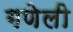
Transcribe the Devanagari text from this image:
गणेली